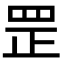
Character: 罡